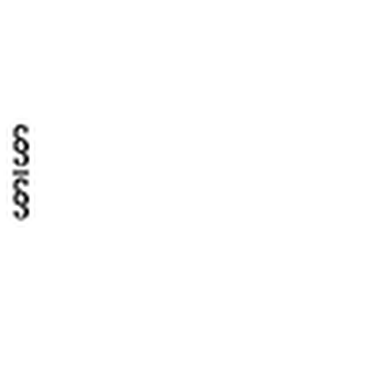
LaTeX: \begin{array} { c } { \S } \\ { \bar { \S } } \\ \end{array}